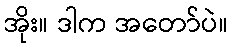
အိုး။ ဒါက အတော်ပဲ။